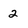
Character: 2